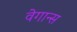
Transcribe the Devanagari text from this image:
वेगान्स